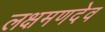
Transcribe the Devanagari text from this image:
लक्षमणदेव